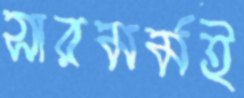
সারমর্মই